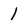
Character: 1